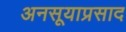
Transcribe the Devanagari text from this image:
अनसूयाप्रसाद